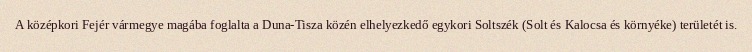
A középkori Fejér vármegye magába foglalta a Duna-Tisza közén elhelyezkedő egykori Soltszék (Solt és Kalocsa és környéke) területét is.